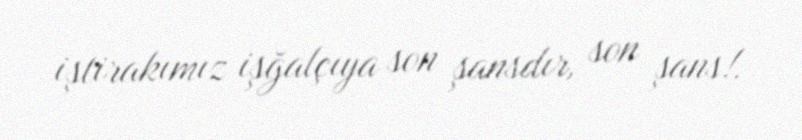
iştirakımız işğalçıya son şansdır, son şans!.